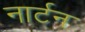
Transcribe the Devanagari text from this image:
नार्टन